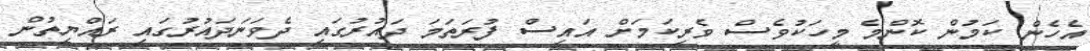
އެހެން ކަމުން ކޮންމެ މީހަކުވެސް ވެރިކަމަށް އައިސް ފުރަތަމަ ދައުރުގައި ދެވަނަދައުރުގައި ރައްޔިތުން